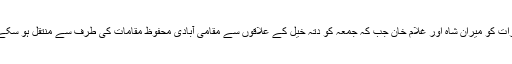
جمعرات کو میران شاہ اور غلام خان جب کہ جمعہ کو دتہ خیل کے علاقوں سے مقامی آبادی محفوظ مقامات کی طرف سے منتقل ہو سکے گی۔